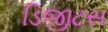
ડિજીટસ